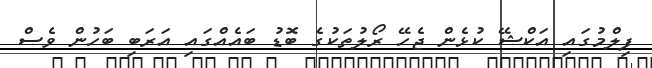
ފިލްމުގައި އަކްޝޭ ކުޅެން ޖެހޭ ރޯލުތަކުގެ ބޮޑު ބައެއްގައި އަރަބި ބަހުން ވެސް